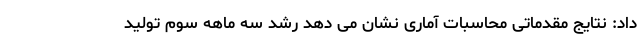
داد: نتایج مقدماتی محاسبات آماری نشان می دهد رشد سه ماهه سوم تولید